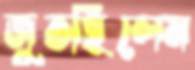
জুতছিলেম